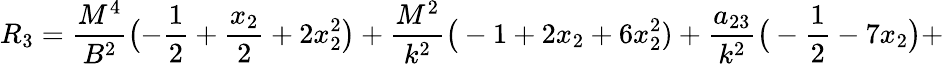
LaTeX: R_{3}=\frac{M^{4}}{B^{2}}\bigl(-\frac{1}{2}+\frac{x_{2}}{2}+2x_{2}^{2}\bigr)+\frac{M^{2}}{k^{2}}\big(-1+2x_{2}+6x_{2}^{2})+\frac{a_{23}}{k^{2}}\big(-\frac{1}{2}-7x_{2}\big)+